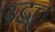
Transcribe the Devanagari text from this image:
उद्वृत्त